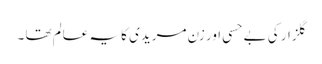
گلزار کی بے حسی اور زن مریدی کا یہ عالم تھا ۔